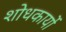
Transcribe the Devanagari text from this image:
शोधकार्यो